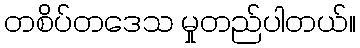
တစိပ်တဒေသ မှုတည်ပါတယ်။